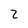
Character: 2